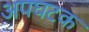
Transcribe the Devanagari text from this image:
अपघटक